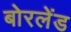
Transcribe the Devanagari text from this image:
बोरलेंड